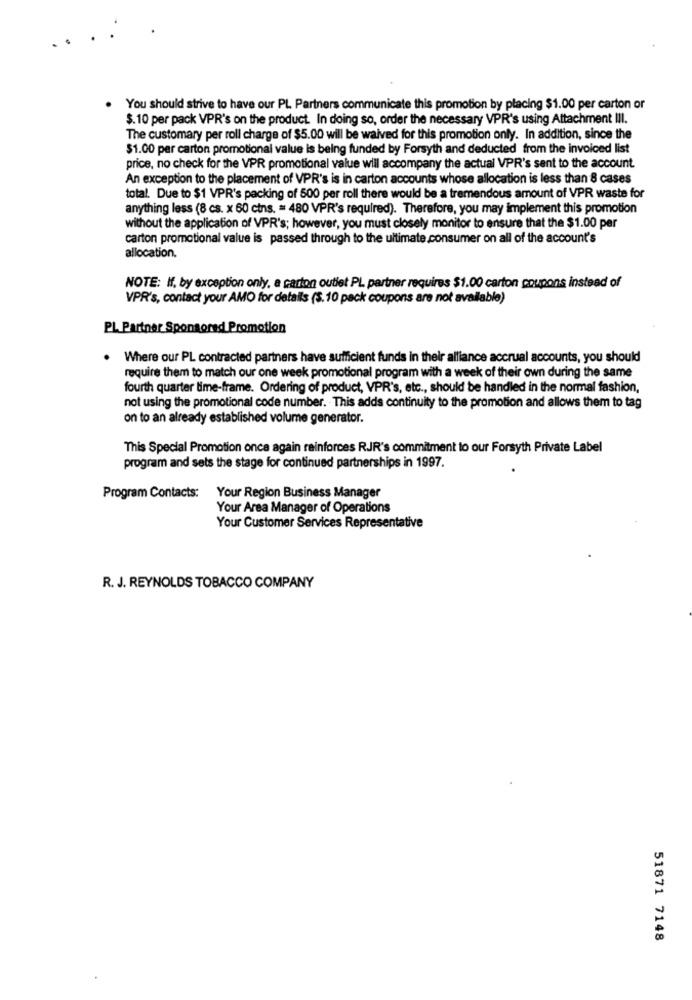
You should strive to have our PL Partners communicate this promotion by placing $1.00 per carton or
$.10 per pack VPR's on the product. In doing so, order the necessary VPR's using Attachment III.
The customary per roll charge of $5.00 will be waived for this promotion only. In addition, since the
$1.00 per carton promotional value is being funded by Forsyth and deducted from the invoiced list
price, no check for the VPR promotional value will accompany the actual VPR's sent to the account.
An exception to the placement of VPR's is in carton accounts whose allocation is less than 8 cases
total. Due to $1 VPR's packing of 500 per roll there would be a tremendous amount of VPR waste for
anything less (8 cs. x 60 cins. = 480 VPR's required). Therefore, you may implement this promotion
without the application of VPR's; however, you must closely monitor to ensure that the $1.00 per
carton promotional value is passed through to the ultimate consumer on all of the account's
allocation.
NOTE: If, by exception only, a carton outlet PL. partner requires $1.00 carton coupons instead of
VPR's, contact your AMO for details (S.10 pack coupons are not available)
PL Partner Sponsored Promotion
Where our PL contracted partners have sufficient funds in their alliance accrual accounts, you should
require them to match our one week promotional program with a week of their own during the same
fourth quarter time-frame. Ordering of product, VPR's, etc ., should be handled in the normal fashion,
not using the promotional code number. This adds continuity to the promotion and allows them to tag
on to an already established volume generator.
This Special Promotion once again reinforces RJR's commitment to our Forsyth Private Label
program and sets the stage for continued partnerships in 1997.
Program Contacts:
Your Region Business Manager
Your Area Manager of Operations
Your Customer Services Representative
R. J. REYNOLDS TOBACCO COMPANY
51871 7148